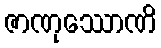
ဇာဏုဿောဏိ